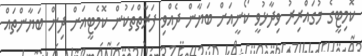
ކޮމިޓީގެ މުގައްރިރު ވިދާޅުވީ ކޯނީއަށް ބަޔާން ދެއްވި ފަރާތްތަކުން ކޮމެޓީއަށް ދިން ބަޔާންތައް